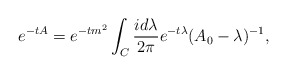
\begin{align*}e^{-tA}=e^{-tm^2}\int_C\frac{id\lambda}{2\pi}e^{-t\lambda}(A_0-\lambda)^{-1},\end{align*}